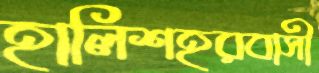
হালিশহরবাসী